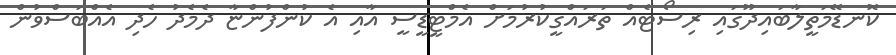
ކޮނޑޭމަތީލާބައިދޫގައި ރިސޯޓެއް ތަރައްގީކުރުމަށް އެމްޓީޑީސީ އާއި އެ ކުންފުންޏާ ދެމެދު ހެދި އެއްބަސްވުން